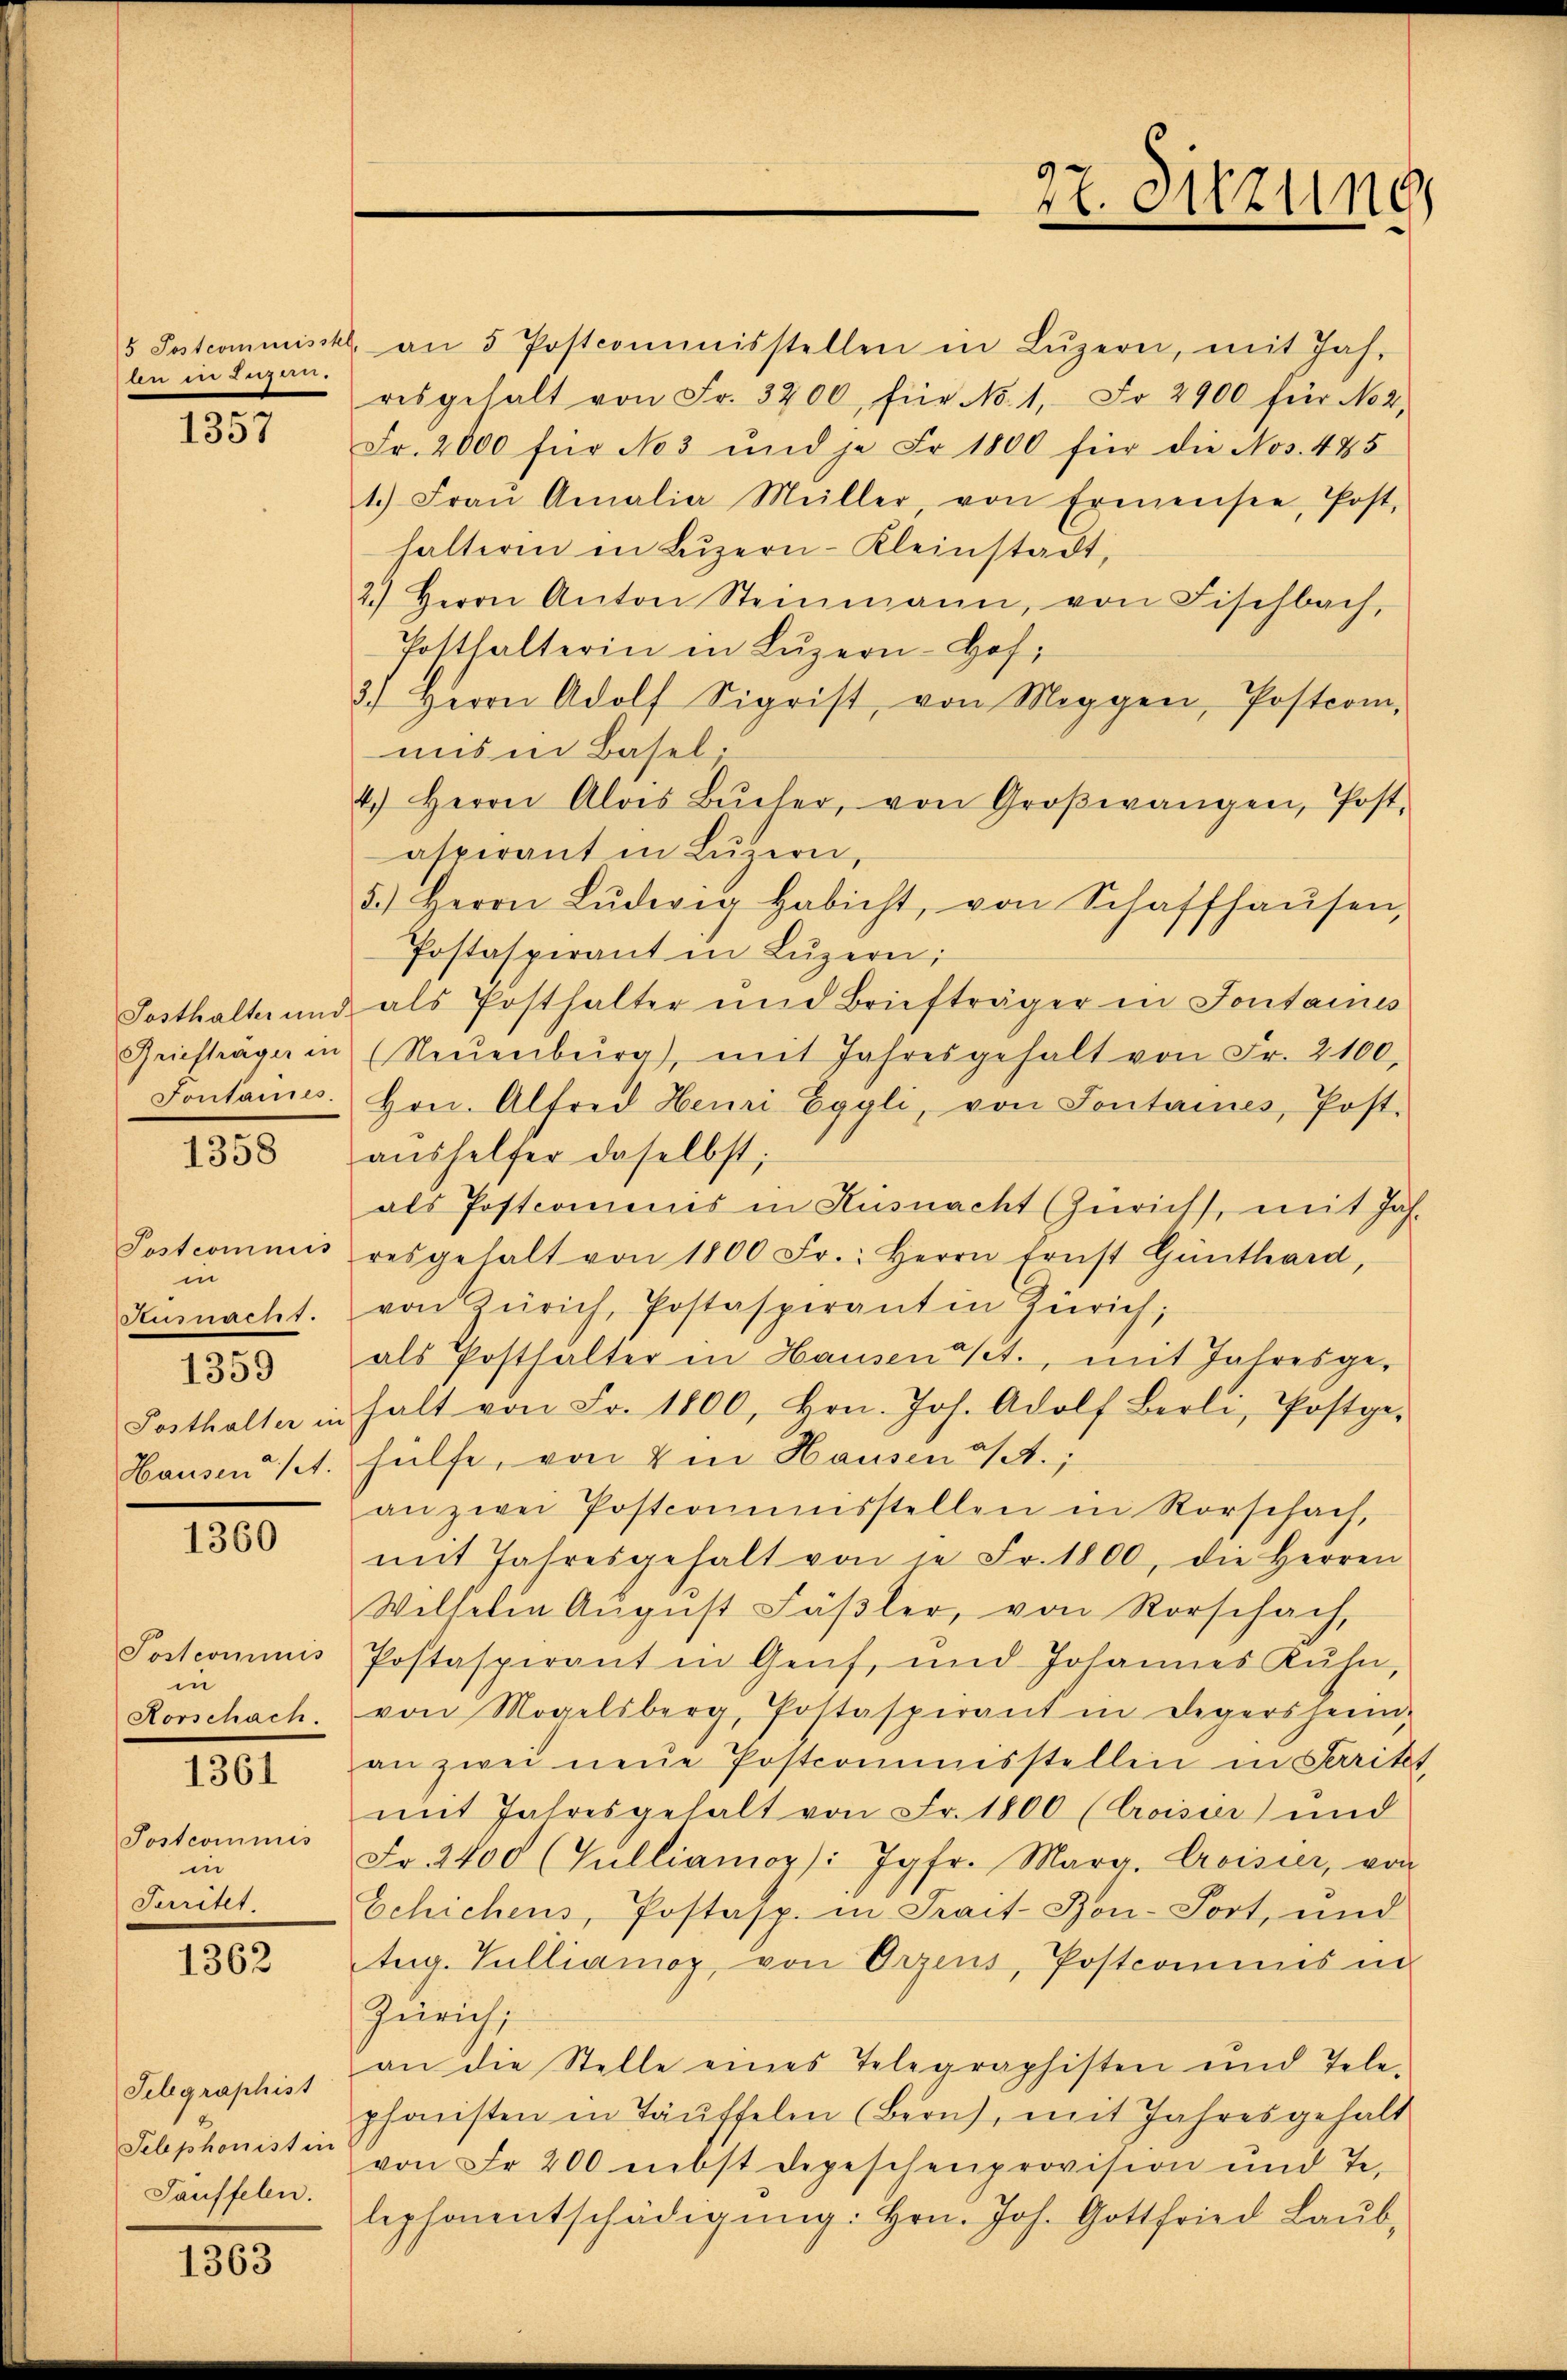
5 Postcommisstel
Aen der Ber

1357

Sosthalter und
Briefträger in
Fontanes.

1358

Postcommis
in
Küsnacht.
Posthalter in
Hausen a/A.

1359

1360

Postcommis
in
Rorschach.

1361

Postcommis
in
Juritet

1362

Selgraphist
Telephonist in
Sauffelen.

1363

an 5 Postcommisstellen in Lŭzern, mit Jah-
resgehalt von Fr. 3200, für No 1, Fr. 2900 für No 2,
Fr. 2000 für No 3 und je Fr. 1800 für die Nos. 485
1.) Fraŭ Amalia Müller, von Ermensee, Post-
halteren in Luzern-Kleinstadt,
2.) Herrn Anton Steinmann, von Fischbach,
Gotthalterin in Lŭzern-Hof;
3.) Herrn Adolf Sigrist, von Maggen, Postcom-
uns in Basel,
4.) Herrn Alois Bŭcher, von Groβwangen, Post-
aspirant in Luzern,
5.) Herrn Lŭdwig Habicht, von Schaffhaŭsen,
Postaspirant in Lŭzern;
als Posthalter und Briefträger in Sontaines
(Neuenburg), mit Jahresgehalt von Fr. 2100.
Hrn. Alfred Henri Eggli, von Sontaines, Post.
aushelfer daselbst;
als Postcomenes in Küsnacht (Zürich, mit Jah-
resgehalt von 1800 Fr.: Herrn Ernst Günthard,
von Zürich, Postasperant in Zürich;
als Posthalter in Hausendet., mit Jahresgehalt von Fr. 1800, Hrn. Joh. Adolf Berli, Postge-
hülfe, von Im Hausen a/A.,
an zwei Postcommisstellen in Rorschach,
mit Jahresgehalt von in Fr. 1800, die Herren
Wilhelin August Fäßler, von Rorschach,
Postaspirant in Genf, und Johannes Kuhn,
von Mogelsberg, Postasperant in Legersheim,
an zwei neue Postcommisstellen in Peritt
mit Jahresgehalt von Fr. 1800 (Croisia und
Fr. 2400 (Gulliamop: Jgfr. Mara. Croisier, von
Schichens, Postasp. in Frait-Bon-Port, und
tug. Gulliamoz, von Orzens, Postcomines in
Zürich,
an die Stelle eines Telegraphisten und Tele-
phonisten in Täuffelen (Bern), mit Jahresgehalt
von Fr. 200 mbst Depeschenprovision und Te-
lephonentschädigung: Hrn. Joh. Gottfried Laub,

27. Sitzung